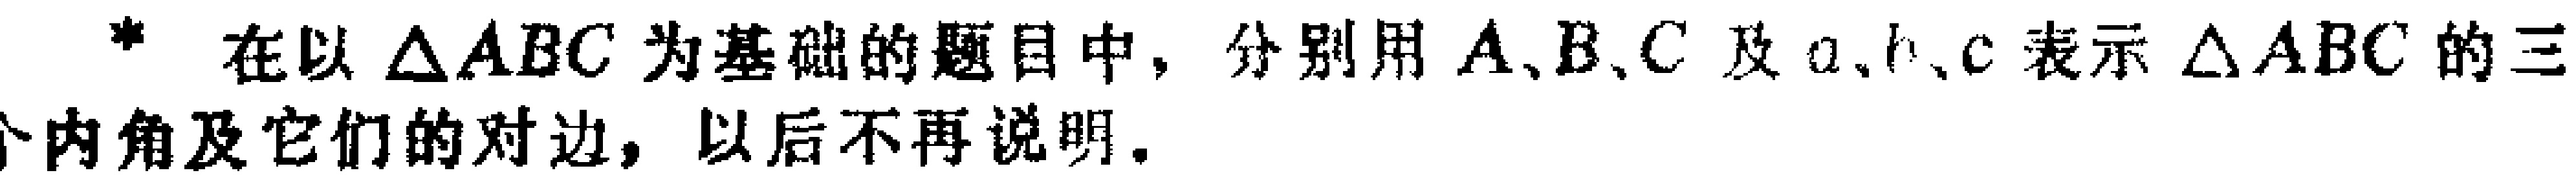
* 在以$\triangle ABC$为基础的题目中，分别用$A、B、C$及$a、b、c$表示$\triangle ABC$的三个内角及它们的对边，以后不再说明。